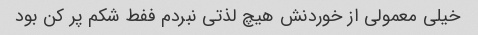
خیلی معمولی از خوردنش هیچ لذتی نبردم ففط شکم پر کن بود